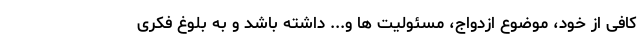
کافی از خود، موضوع ازدواج، مسئولیت ها و... داشته باشد و به بلوغ فکری